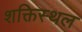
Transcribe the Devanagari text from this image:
शक्तिस्थल